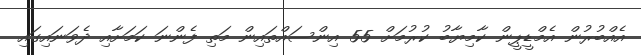
އެއްބުރުން އެމްޑީޕީން ކާމިޔާބު ކުރުމަށް 55 އިންސައްތައިން މަތި ފެންނަ ކަމަށާއި ދެވަނައިގައި